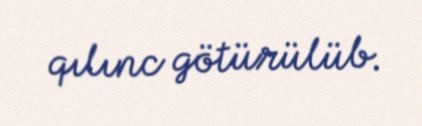
qılınc götürülüb.